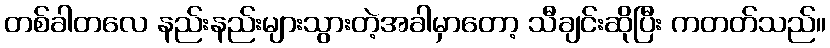
တစ်ခါတလေ နည်းနည်းများသွားတဲ့အခါမှာတော့ သီချင်းဆိုပြီး ကတတ်သည်။